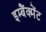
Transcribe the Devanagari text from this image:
इम्बैंक्मेंट